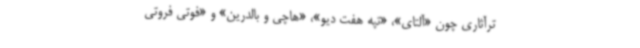
ترآثاری چون «آلتای»، «تپه‌ هفت دیو»، «هاچی و بالدرین» و «فوتی فروتی